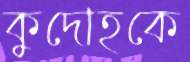
কুদোহকে